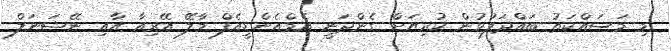
މި މަސައްކަތު ބައްދަލުވުން ކުރިޔަށް ގެންދަނީ އެމްއެންޑީއެފް މާލޭ އޭރިއާ އާއި ނޭޝަނަލް